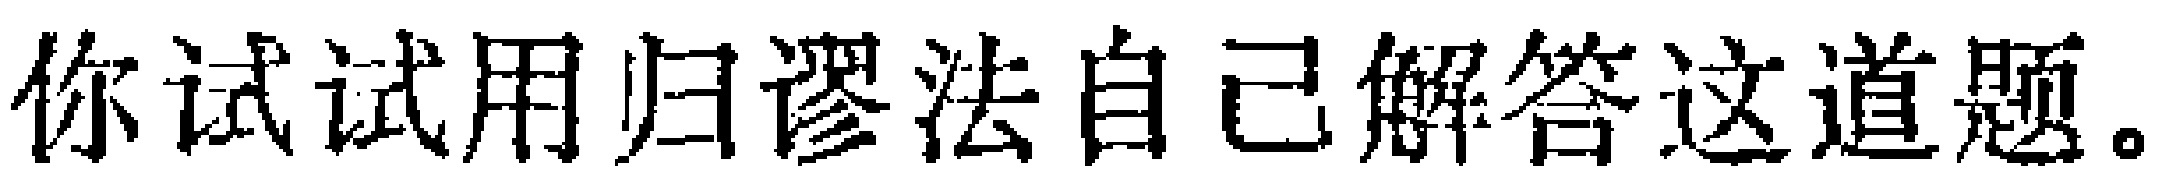
你试试用归谬法自己解答这道题。